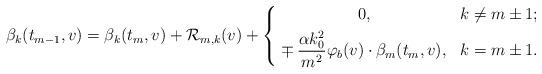
LaTeX: \begin{align*}\beta_k(t_{m-1},v)=\beta_{k}(t_m,v)+\mathcal{R}_{m,k}(v)+\left\{ \begin{aligned}&\qquad\qquad\quad0,&k&\neq m\pm 1;\\ &\mp\frac{\alpha k_0^2}{m^2}\varphi_b(v)\cdot\beta_m(t_{m},v),&k&=m\pm 1. \end{aligned} \right. \end{align*}